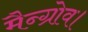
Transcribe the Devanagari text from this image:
मैन्ग्रोव।